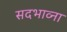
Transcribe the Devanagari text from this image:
सदभाव्ना